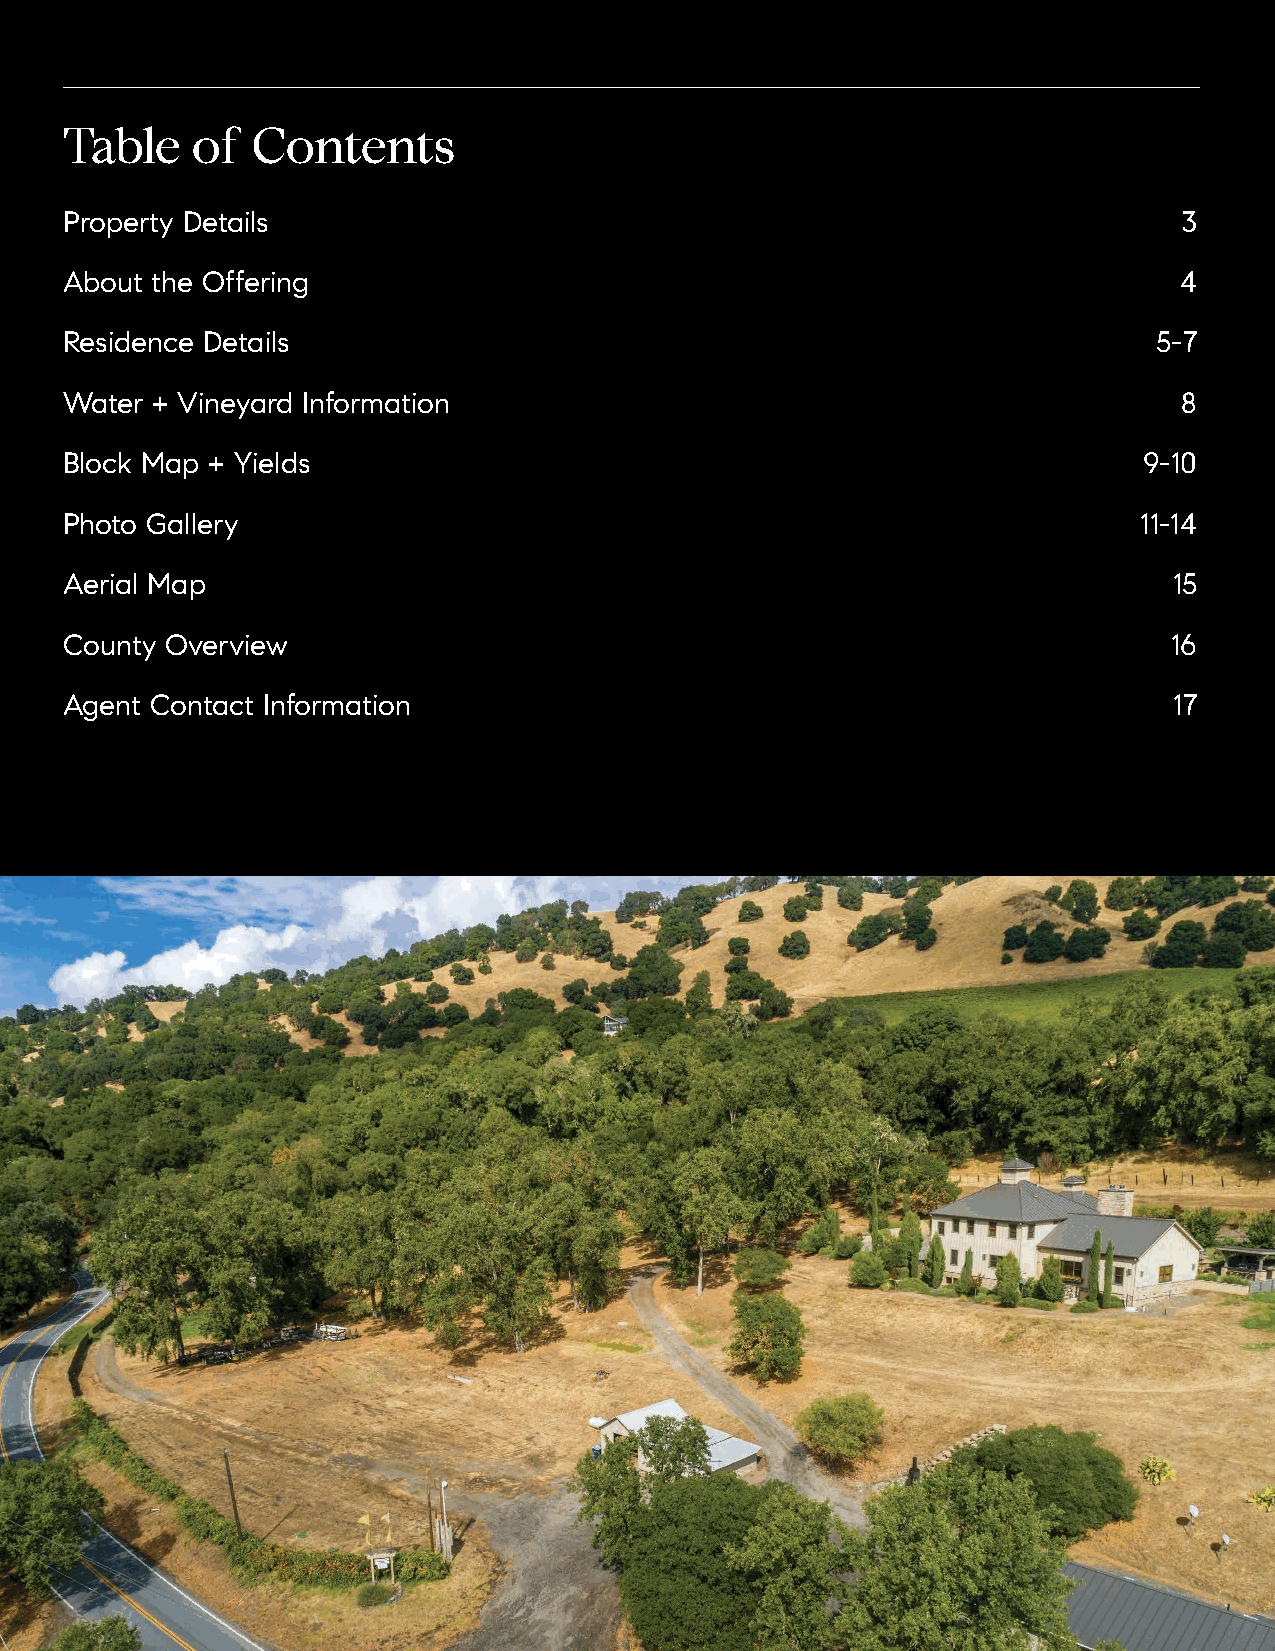
Table    of  Contents
 Property Details                                                          3
 About the Offering                                                        4
 Residence Details                                                        5-7
 Water + Vineyard Information                                              8
 Block Map + Yields                                                      9-10
 Photo Gallery                                                          11-14
 Aerial Map                                                                15
 County Overview                                                           16
 Agent Contact Information                                                 17
 2